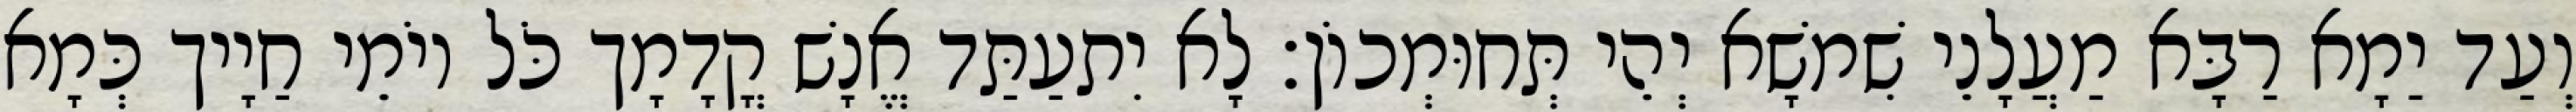
וְעַד יַמָא רַבָּא מַעֲלָנֵי שִׁמשָׁא יְהֵי תְּחוּמְכוֹן׃ לָא יִתעַתַּד אֱנָשׁ קֳדָמָך כֹּל יוֹמֵי חַיָיך כְּמָא